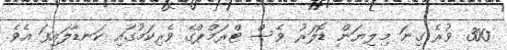
300 ވުރެ ގިނަ މިލިޔަން ޑޮލަރު ވެސް ޓްރަމްޕްގެ ވެރިކަމުގައި ކަނޑާލައިފަ އެވެ.